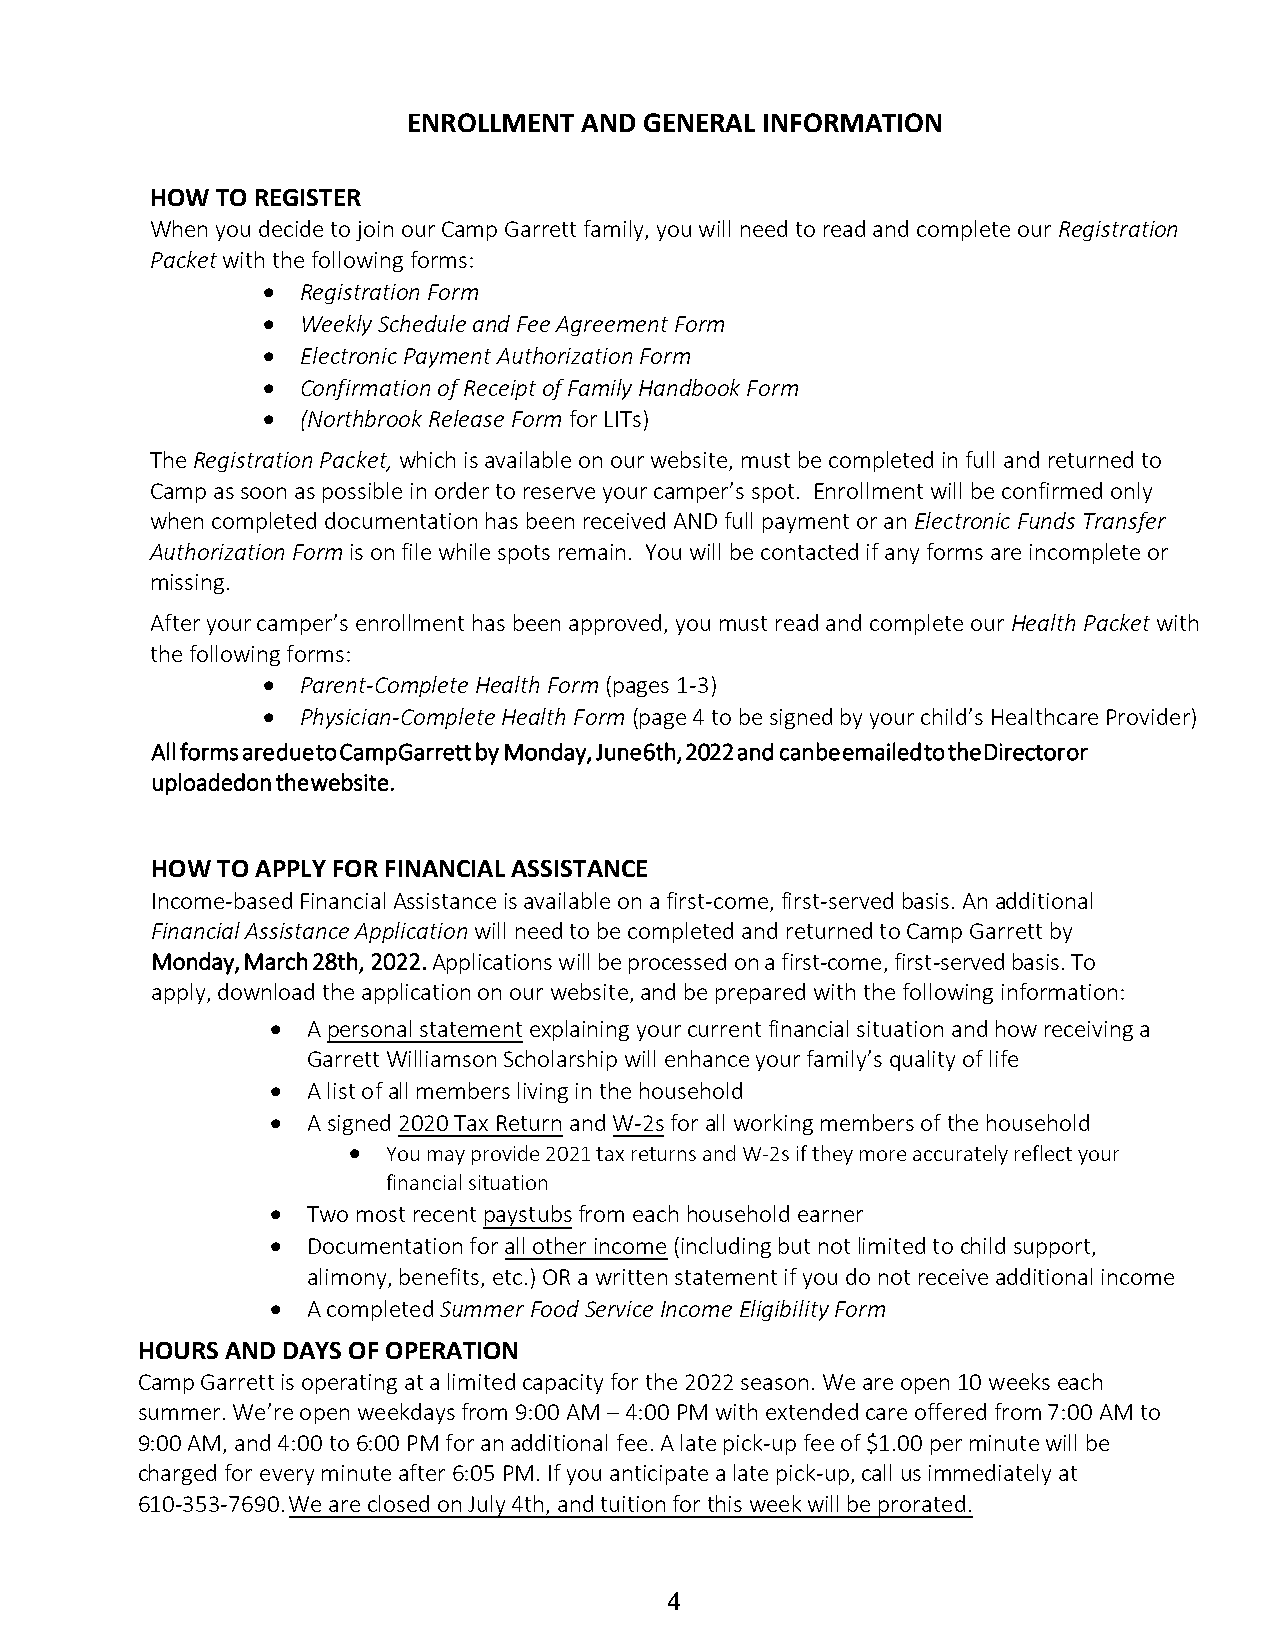
ENROLLMENT AND  GENERAL INFORMATION
 HOW TO REGISTER
 When you decide to join our Camp Garrett family, you will need to read and complete our Registration
 Packet with the following forms:
   Registration Form
   Weekly Schedule and Fee Agreement Form
   Electronic Payment Authorization Form
   Confirmation of Receipt of Family Handbook Form
   (Northbrook Release Form for LITs)
 The Registration Packet, which is available on our website, must be completed in full and returned to
 Camp as soon as possible in order to reserve your camper’s spot. Enrollment will be confirmed only
 when completed documentation has been received AND full payment or an Electronic Funds Transfer
 Authorization Form is on file while spots remain. You will be contacted if any forms are incomplete or
 missing.
 After your camper’s enrollment has been approved, you must read and complete our Health Packet with
 the following forms:
   Parent-Complete Health Form (pages 1-3)
   Physician-Complete Health Form (page 4 to be signed by your child’s Healthcare Provider)
 All forms are due to Camp Garrett by Monday, June 6th, 2022 and can be emailed to the Director or
 uploaded on the website.
 HOW TO APPLY FOR FINANCIAL ASSISTANCE
 Income-based Financial Assistance is available on a first-come, first-served basis. An additional
 Financial Assistance Application will need to be completed and returned to Camp Garrett by
 Monday, March 28th, 2022. Applications will be processed on a first-come, first-served basis. To
 apply, download the application on our website, and be prepared with the following information:
  A personal statement explaining your current financial situation and how receiving a
 Garrett Williamson Scholarship will enhance your family’s quality of life
  A list of all members living in the household
  A signed 2020 Tax Return and W-2s for all working members of the household
 •  You may provide 2021 tax returns and W-2s if they more accurately reflect your
 financial situation
  Two most recent paystubs from each household earner
  Documentation for all other income (including but not limited to child support,
 alimony, benefits, etc.) OR a written statement if you do not receive additional income
  A completed Summer Food Service Income Eligibility Form
 HOURS AND DAYS OF OPERATION
 Camp Garrett is operating at a limited capacity for the 2022 season. We are open 10 weeks each
 summer. We’re open weekdays from 9:00 AM – 4:00 PM with extended care offered from 7:00 AM to
 9:00 AM, and 4:00 to 6:00 PM for an additional fee. A late pick-up fee of $1.00 per minute will be
 charged for every minute after 6:05 PM. If you anticipate a late pick-up, call us immediately at
 610-353-7690. We are closed on July 4th, and tuition for this week will be prorated.
 4